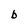
Character: b